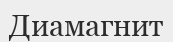
Диамагнит